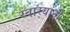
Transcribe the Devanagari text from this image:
स्वार्‍यांनी